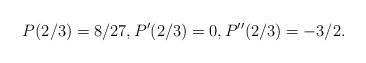
LaTeX: \begin{align*}P(2/3) = 8/27, P'(2/3)=0, P''(2/3) = -3/2.\end{align*}